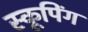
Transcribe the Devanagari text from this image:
स्कूपिंग